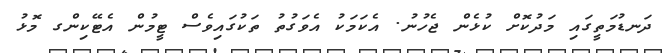
ދަނޑުމަތީގައި މަދުކޮށް ކުޅެން ޖެހުނު. އެކަމަކު އެވަގުތު ތަކުގައިވެސް ޓީމުން އެޓޭކިންގ މޮޅު